Madras plague regulations in force outside the Presidency town - Volume 2
Disease focus: Plague
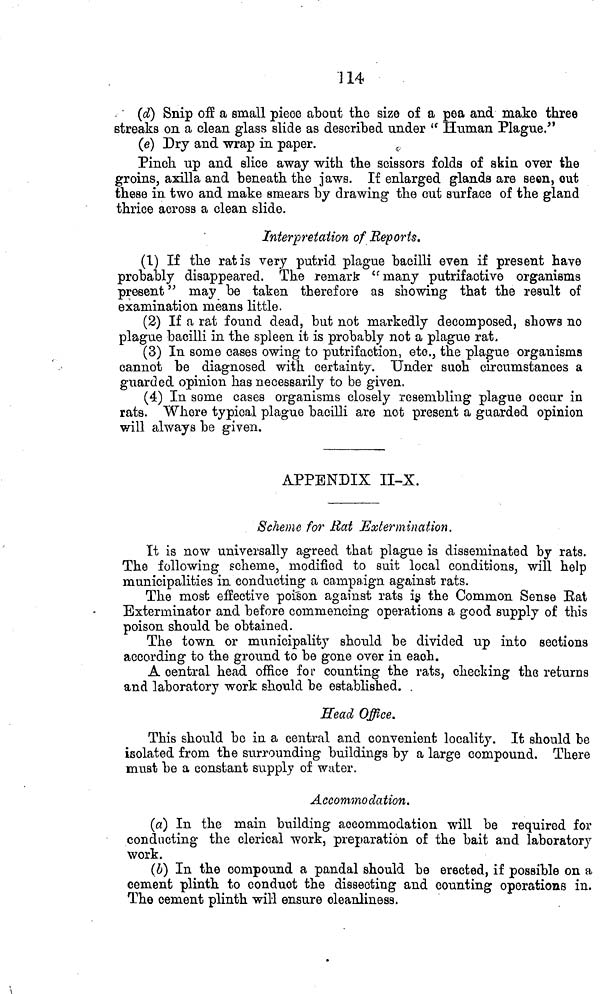
114
(d) Snip off a small piece about the size of a pea and make three
streaks on a clean glass slide as described under " Human Plague."
(e) Dry and wrap in paper.
Pinch up and slice away with the scissors folds of skin over the
groins, axilla and beneath the jaws. If enlarged glands are seen, out
these in two and make smears by drawing the cut surface of the gland
thrice across a clean slide.
Interpretation of Reports.
(1) If the rat is very putrid plague bacilli even if present have
probably disappeared. The remark "many putrifactive organisms
present " may be taken therefore as showing that the result of
examination means little.
(2) If a rat found dead, but not markedly decomposed, shows no
plague bacilli in the spleen it is probably not a plague rat.
(3) In some cases owing to putrifaction, etc., the plague organisms
cannot be diagnosed with certainty. Under such circumstances a
guarded opinion has necessarily to be given.
(4) In some cases organisms closely resembling plague occur in
rats. Where typical plague bacilli are not present a guarded opinion
will always be given.
APPENDIX II-X.
Scheme for Rat Extermination.
It is now universally agreed that plague is disseminated by rats.
The following scheme, modified to suit local conditions, will help
municipalities in conducting a campaign against rats.
The most effective poison against rats is the Common Sense Bat
Exterminator and before commencing operations a good supply of this
poison should be obtained.
The town or municipality should be divided up into sections
according to the ground to be gone over in each.
A central head office for counting the rats, checking the returns
and laboratory work should be established. .
Head Office.
This should be in a central and convenient locality. It should be
isolated from the surrounding buildings by a large compound. There
must be a constant supply of wuter.
Accommodation.
(a) In the main building accommodation will be required for
conducting the clerical work, preparation of the bait and laboratory
work.
(b) In the compound a pandal should be erected, if possible on a
cement plinth to conduct the dissecting and counting operations in.
The cement plinth will ensure cleanliness.